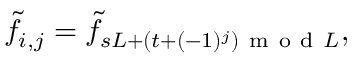
\begin{array} { r } { \tilde { f } _ { i , j } = \tilde { f } _ { s L + ( t + ( - 1 ) ^ { j } ) \mathrm { ~ m ~ o ~ d ~ } L } , } \end{array}